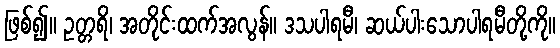
ဖြစ်၍။ ဥတ္တရိ၊ အတိုင်းထက်အလွန်။ ဒသပါရမီ၊ ဆယ်ပါးသောပါရမီတို့ကို။